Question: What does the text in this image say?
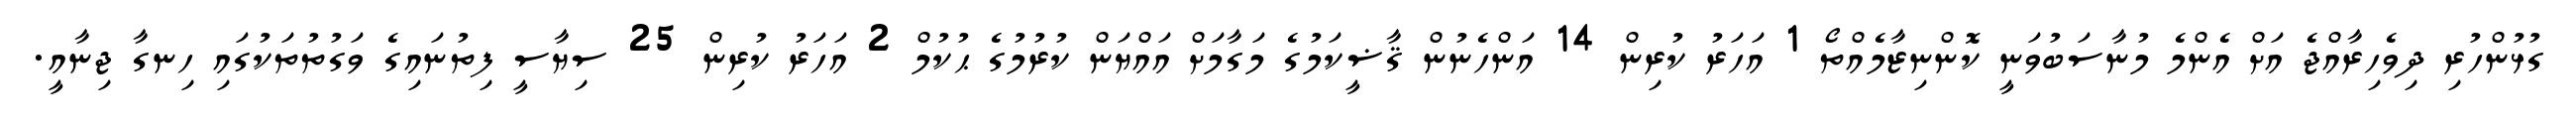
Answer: ގުޅުންހުރި ދިވެހިރާއްޖެ އަށް އެންމެ މުނާސަބުވަނީ ކޮންނިޒާމެއްތޯ 1 އަހަރު ކުރިން 14 އަންހެނުން ޤާޟީކަމުގެ މަގާމަށް އައްޔަން ކުރުމުގެ ޙުކުމް 2 އަހަރު ކުރިން 25 ސިޔާސީ ފިތުނައިގެ ވަގުތުތަކުގައި ހިނގާ ޖިނާއީ.